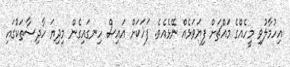
އިހުމާލުވި މީހެއްގެ މައްޗަށް ފިޔަވަޅެއް ނޭޅެއެވެ. ފަހަކަށް އައިސް ހިނގައިގެން މިދިޔަ ހާދިސާތަކުގައި